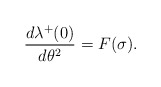
\begin{align*}\frac{d\lambda\sp+(0)}{d\theta\sp2}=F(\sigma).\end{align*}